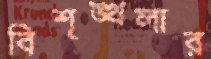
বিশৃঙ্খলার